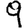
Digit: 9